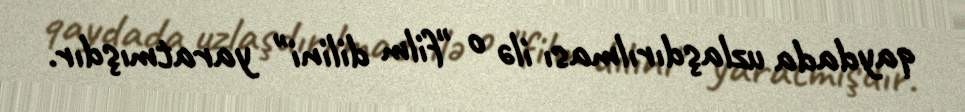
qaydada uzlaşdırılması ilə o "film dilini" yaratmışdır.